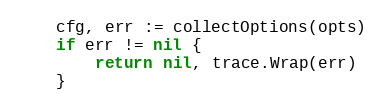
Language: Go
	cfg, err := collectOptions(opts)
	if err != nil {
		return nil, trace.Wrap(err)
	}